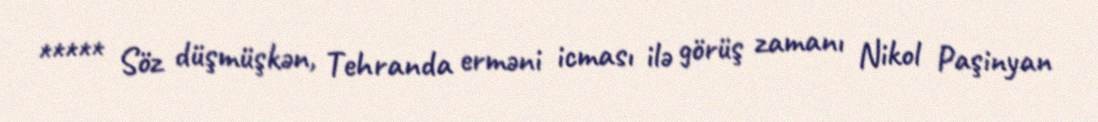
***** Söz düşmüşkən, Tehranda erməni icması ilə görüş zamanı Nikol Paşinyan